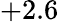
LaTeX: +2.6